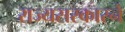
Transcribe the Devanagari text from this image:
राज्यसरकारने